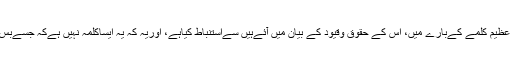
ان سات شرائط کو علماءکرام نےکتاب وسنت کےان نصوص سےجوخصوصی طورسےاس عظیم کلمے کےبارے میں، اس کے حقوق وقیود کے بیان میں آئےہیں سےاستنباط کیاہے، اوریہ کہ یہ ایساکلمہ نہیں ہےکہ جسےبس زبان سےاداکردیاجائے(بلکہ اس کی شرائط پوری کی جائیں اورتقاضوں پرعمل کیاجائے)۔